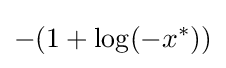
-(1+\log(-x^{*}))